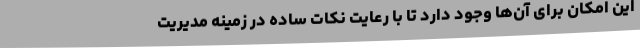
این امکان برای آن‌ها وجود دارد تا با رعایت نکات ساده در زمینه مدیریت